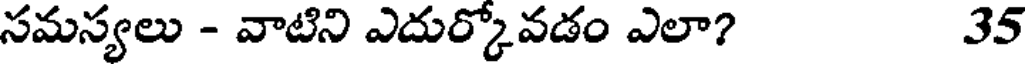
సమస్యలు - వాటిని ఎదుర్కోవడం ఎలా? 35